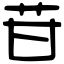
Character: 苷